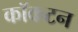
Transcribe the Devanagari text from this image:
कॉकटन